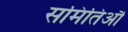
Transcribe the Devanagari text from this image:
समितिऔं